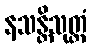
နသန္တိသုတ္တံ